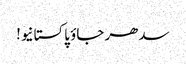
سدھر جاؤ پاکستانیو!